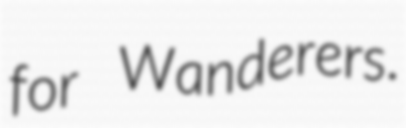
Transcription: for Wanderers.